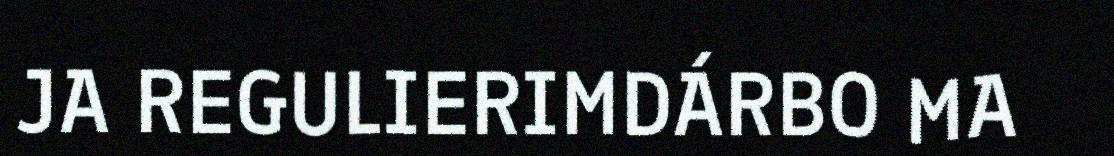
JA REGULIERIMDÁRBO MA